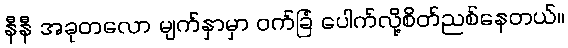
နီနီ အခုတလော မျက်နှာမှာ ဝက်ခြံ ပေါက်လို့စိတ်ညစ်နေတယ်။